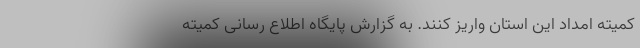
کمیته امداد این استان واریز کنند. به گزارش پایگاه اطلاع رسانی کمیته